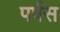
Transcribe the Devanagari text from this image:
पर्पस